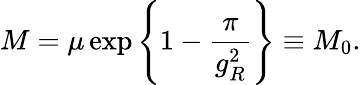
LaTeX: M=\mu\exp\left\{ 1-\frac{\pi}{g_{R}^{2}}\right\} \equiv M_{0}.